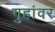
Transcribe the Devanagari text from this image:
गुहांवर